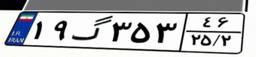
۳۴گ۰۶۷۷۷